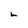
Character: L